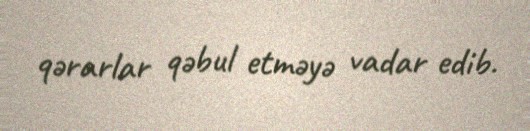
qərarlar qəbul etməyə vadar edib.